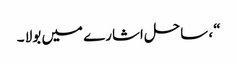
“ ، ساحل اشارے میں بولا ۔